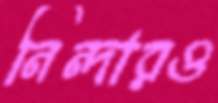
নিন্দারও